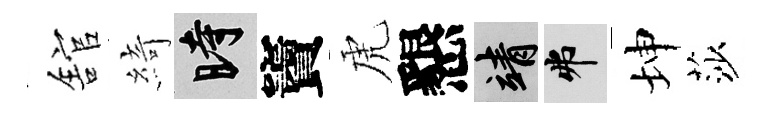
舘綺时竇虎懇靖弗坤莎